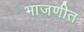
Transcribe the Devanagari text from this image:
भाजणीत